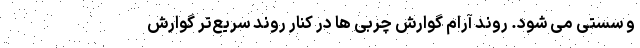
و سستی می شود. روند آرام گوارش چربی ها در کنار روند سریع‌تر گوارش